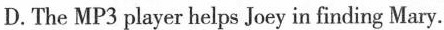
D.The MP3 player helps Joey in finding Mary.